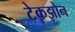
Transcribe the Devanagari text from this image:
टेकझोन